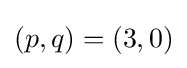
(p,q)=(3,0)